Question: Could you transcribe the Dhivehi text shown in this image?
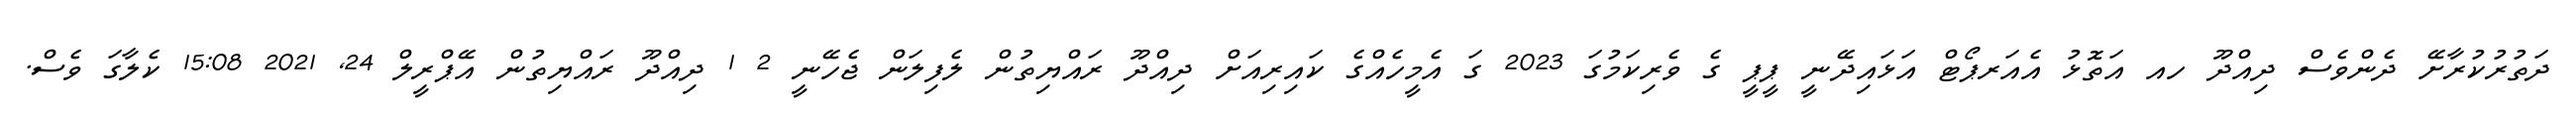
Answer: ދަތުރުކުރާށޭ ދެންވެސް ދިއްދޫ ހއ އަތޮޅު އެއަރޕޯޓް އަޅައިދޭނީ ޕީޕީ ގެ ވެރިކަމުގަ 2023 ގަ އެމީހެއްގެ ކައިރިއަށް ދިއްދޫ ރައްޔިތުން ލެފިލަން ޖެހޭނީ 2 1 ދިއްދޫ ރައްޔިތުން އޭޕްރީލް 24, 2021 15:08 ކެލާގަ ވެސް.